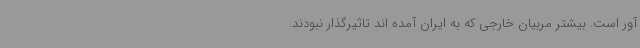
آور است. بیشتر مربیان خارجی که به ایران آمده اند تاثیرگذار نبودند.